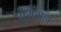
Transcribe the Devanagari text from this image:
रसिगन